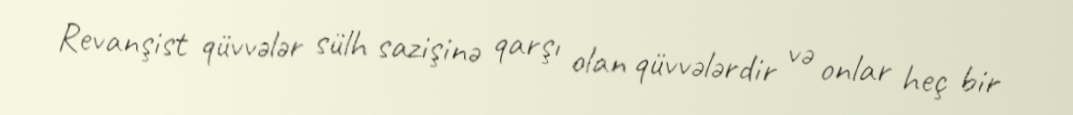
Revanşist qüvvələr sülh sazişinə qarşı olan qüvvələrdir və onlar heç bir